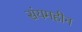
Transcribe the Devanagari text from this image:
संयमहीन